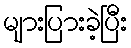
များပြားခဲ့ပြီး